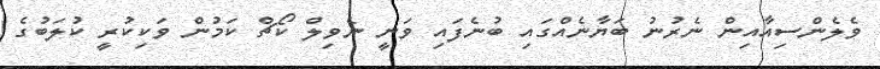
ވެލެންސިއާއިން ނެރުނު ބަޔާނެއްގައި ބުނެފައި ވަނީ ނެވިލް ކޯޗް ކަމުން ވަކިކުރީ ކުލަބުގެ